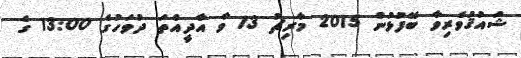
ޝައުޤުވެރިވާ ބޭފުޅުން 2015 މާރިޗު 13 ވާ އާދީއްތަ ދުވަހުގެ 13:00 ގެ